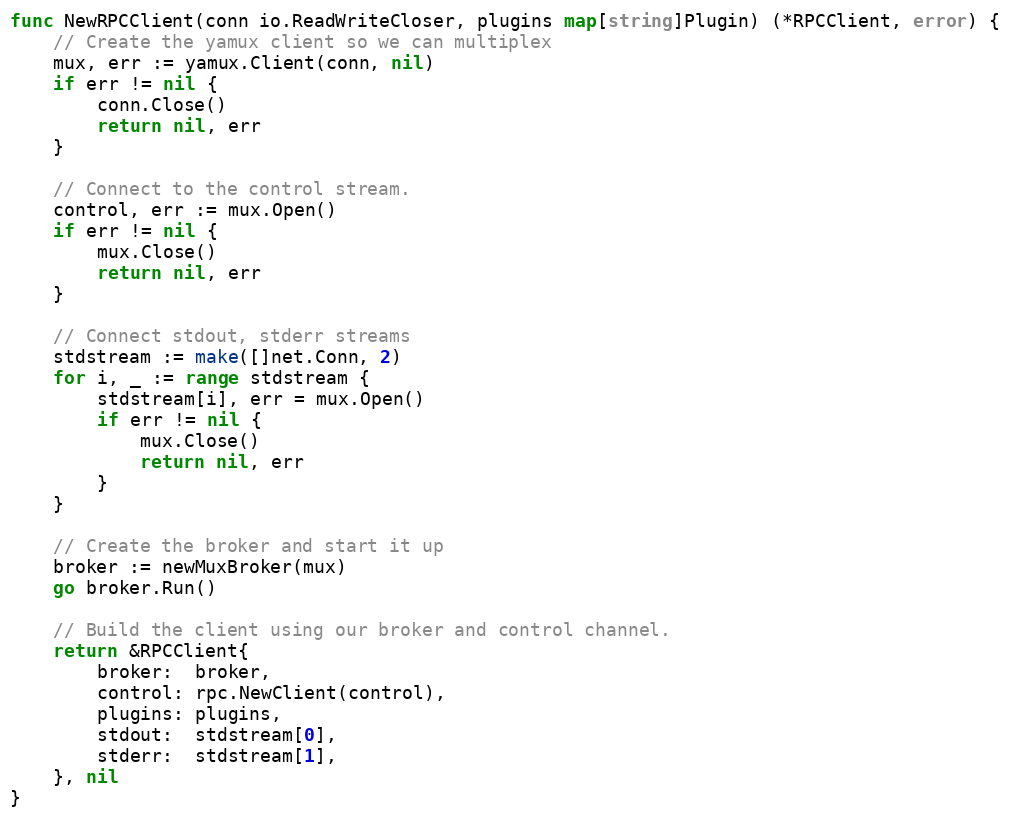
Language: Go
func NewRPCClient(conn io.ReadWriteCloser, plugins map[string]Plugin) (*RPCClient, error) {
	// Create the yamux client so we can multiplex
	mux, err := yamux.Client(conn, nil)
	if err != nil {
		conn.Close()
		return nil, err
	}

	// Connect to the control stream.
	control, err := mux.Open()
	if err != nil {
		mux.Close()
		return nil, err
	}

	// Connect stdout, stderr streams
	stdstream := make([]net.Conn, 2)
	for i, _ := range stdstream {
		stdstream[i], err = mux.Open()
		if err != nil {
			mux.Close()
			return nil, err
		}
	}

	// Create the broker and start it up
	broker := newMuxBroker(mux)
	go broker.Run()

	// Build the client using our broker and control channel.
	return &RPCClient{
		broker:  broker,
		control: rpc.NewClient(control),
		plugins: plugins,
		stdout:  stdstream[0],
		stderr:  stdstream[1],
	}, nil
}